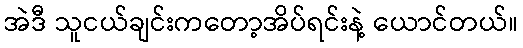
အဲဒီ သူငယ်ချင်းကတော့အိပ်ရင်းနဲ့ ယောင်တယ်။